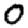
Digit: 0